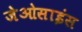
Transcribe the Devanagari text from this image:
जेओसाइंस